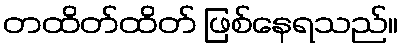
တထိတ်ထိတ် ဖြစ်နေရသည်။